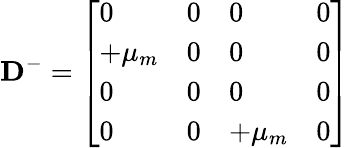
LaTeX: \mathbf{D}^{-}=\left[\begin{array}{llll}{0}&{0}&{0}&{0}\\ {+\mu_{m}}&{0}&{0}&{0}\\ {0}&{0}&{0}&{0}\\ {0}&{0}&{+\mu_{m}}&{0}\end{array}\right]